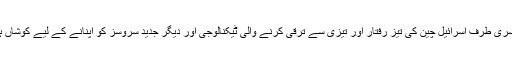
دوسری طرف اسرائیل چین کی تیز رفتار اور تیزی سے ترقی کرنے والی ٹیکنالوجی اور دیگر جدید سروسز کو اپنانے کے لیے کوشاں ہے۔